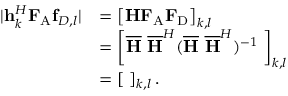
\begin{array} { r l } { | { \bf { h } } _ { k } ^ { H } { \bf { F } } _ { \mathrm { { A } } } { \bf { f } } _ { D , l } | } & { = \left[ { \bf { H } } { \bf { F } } _ { \mathrm { A } } { \bf { F } } _ { \mathrm { { D } } } \right] _ { k , l } } \\ & { = \left[ { \overline { { \bf { H } } } } \ { \overline { { \bf { H } } } } ^ { H } ( { \overline { { \bf { H } } } } \ { \overline { { \bf { H } } } } ^ { H } ) ^ { - 1 } { \bf { \Lambda } } \right] _ { k , l } } \\ & { = \left[ { \bf { \Lambda } } \right] _ { k , l } . } \end{array}